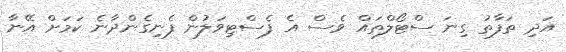
އަދި ތަފާތު ގިނަ ސްޓޯލްތައް ވެސް އެ ފެސްޓިވަލުން ފެނިގެންދާނެ ކަމަށް އޭނާ